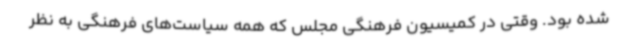
شده‌ بود. وقتی در کمیسیون فرهنگی مجلس که همه سیاست‌های فرهنگی به نظر